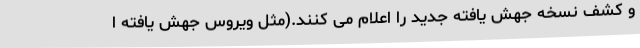
و کشف نسخه جهش یافته جدید را اعلام می کنند.(مثل ویروس جهش یافته ا